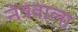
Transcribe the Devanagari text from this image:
नेत्रवाला